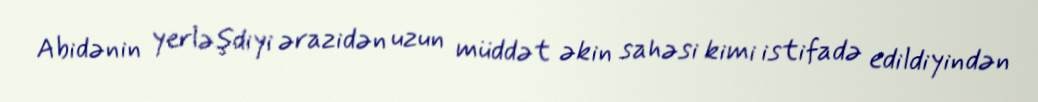
Abidənin yerləşdiyi ərazidən uzun müddət əkin sahəsi kimi istifadə edildiyindən